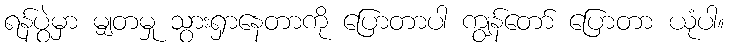
ရန်ပွဲမှာ မျှတမှု သွားရှာနေတာကို ပြောတာပါ ကျွန်တော် ပြောတာ ယုံပါ။